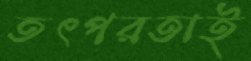
তৎপরতাই